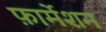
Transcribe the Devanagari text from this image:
फ़ार्मेशन